Scottish Certificate of Education, 1962
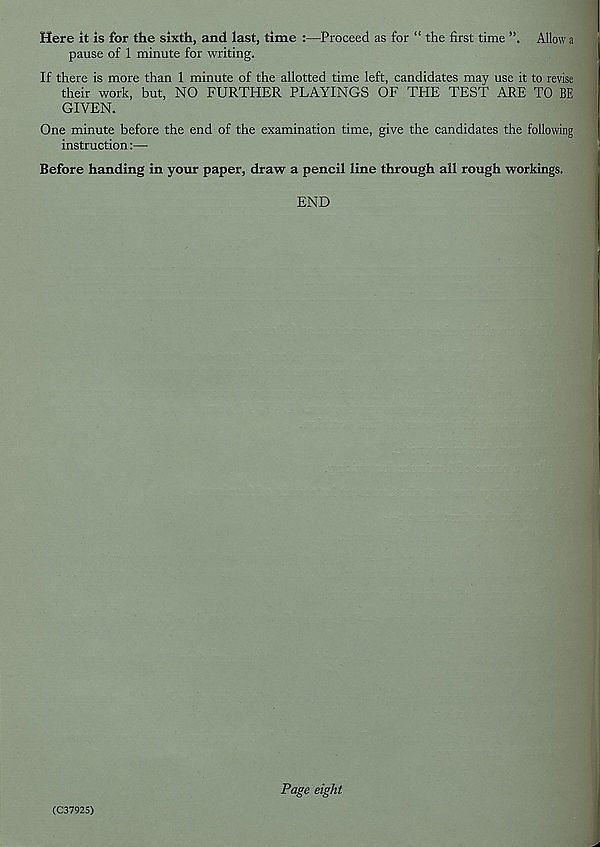
Here it is for the sixth, and last, time :—Proceed as for “ the first time
Allow a
pause of 1 minute for writing.
If there is more than 1 minute of the allotted time left, candidates may use it to revise
their work, but, NO FURTHER PLAYINGS OF THE TEST ARE TO BE
GIVEN.
One minute before the end of the examination time, give the candidates the following
instruction:—
Before handing in your paper, draw a pencil line through all rough workings.
END
(C37925)
Page eight